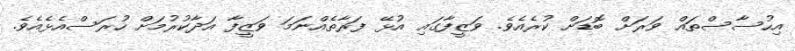
އިހުސާސްތައް ވަރަށް ބޮޑަށް ކުރެއެވެ. ވަޒީފާގައި އުޅޭ ފަރާތެއްނަމަ ވަޒީފާ އަދާކުރުމަށް ހުރަސްއެޅެއެވެ.